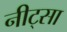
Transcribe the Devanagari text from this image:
नीट्सा